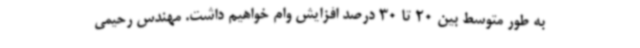
به طور متوسط بین 20 تا 30 درصد افزایش وام خواهیم داشت. مهندس رحیمی